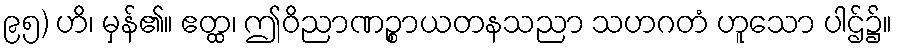
၉၅) ဟိ၊ မှန်၏။ ဧတ္ထ၊ ဤဝိညာဏဉ္စာယတနသညာ သဟဂတံ ဟူသော ပါဌ်၌။